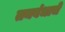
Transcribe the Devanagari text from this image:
तनबंधाचे